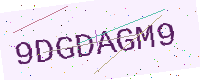
Text: 9DGDAGM9